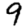
Digit: 9